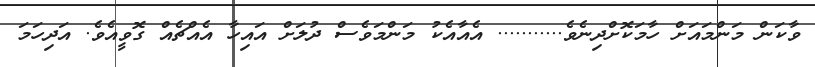
ވާކަން މަންމައަށް ހާމަކޮށްދިނެވެ........... އެއާއެކު މަންމަވެސް ދުލަށް އައިހާ އެއްޗެއް ގޮވީއެވެ. އަދިހަމަ